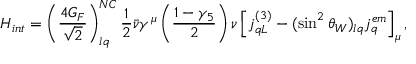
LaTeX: { \cal H } _ { i n t } = \left( { \frac { 4 G _ { F } } { \sqrt 2 } } \right) _ { l q } ^ { N C } { \frac { 1 } { 2 } } \bar { \nu } \gamma ^ { \mu } \left( { \frac { 1 - \gamma _ { 5 } } { 2 } } \right) \nu \left[ j _ { q L } ^ { ( 3 ) } - ( \sin ^ { 2 } \theta _ { W } ) _ { l q } j _ { q } ^ { e m } \right] _ { \mu } ,